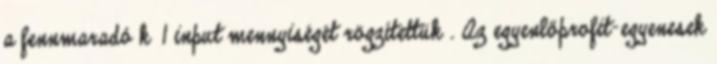
a fennmaradó k‒1 input mennyiségét rögzítettük . Az egyenlőprofit-egyenesek